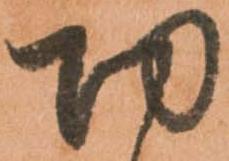
功